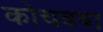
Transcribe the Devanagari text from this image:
कोचवषा